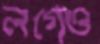
লগেও